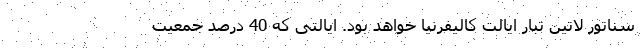
سناتور لاتین تبار ایالت کالیفرنیا خواهد بود. ایالتی که 40 درصد جمعیت